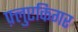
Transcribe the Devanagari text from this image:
फ़्लुएकिगर